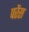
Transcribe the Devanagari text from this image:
परेंस